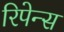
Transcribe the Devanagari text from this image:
रिपेन्स